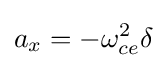
a_{x}=-\omega _{ce}^{2}\delta